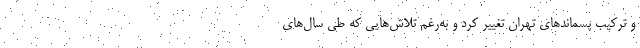
و ترکیب پسماندهای تهران تغییر کرد و به‌رغم تلاش‌هایی که طی سال‌های